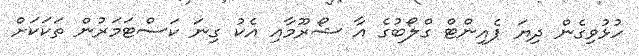
ހުޅުވިގެން ދިޔަ ޕެއިންޓް ގްލޯބުގެ އާ ޝޯރޫމާއި އެކު ގިނަ ކަސްޓަމަރުން ތަކަކަށް